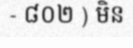
- ៨០២ ) មិន